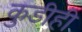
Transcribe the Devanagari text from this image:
कुडीही